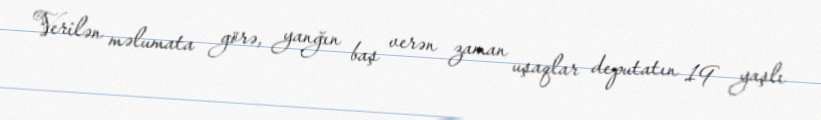
Verilən məlumata görə, yanğın baş verən zaman uşaqlar deputatın 19 yaşlı